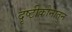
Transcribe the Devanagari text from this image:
दृष्टीकोनातुन